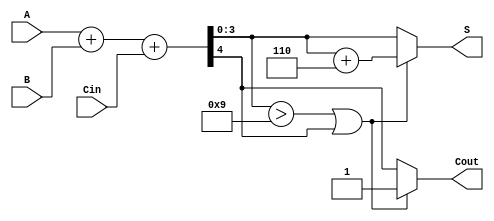
module BCD_Parallel_Adder (
    input  wire [3:0] A,      // 4-bit BCD input A
    input  wire [3:0] B,      // 4-bit BCD input B
    input  wire Cin,           // Carry input
    output reg  [3:0] S,      // 4-bit BCD output
    output reg  Cout           // Carry output
);

    wire [4:0] Sum;           // 5-bit sum to hold A + B + Cin
    wire correction_needed;    // Flag for BCD correction

    // Step 1: Binary addition
    assign Sum = A + B + Cin;

    // Step 2: Determine if correction is needed
    assign correction_needed = (Sum[3:0] > 4'b1001) || Sum[4];

    // Step 3: Generate BCD output and carry out
    always @(*) begin
        if (correction_needed) begin
            S = Sum[3:0] + 4'b0110;  // Apply correction by adding 6
            Cout = 1'b1;             // Set carry out
        end else begin
            S = Sum[3:0];            // No correction needed
            Cout = Sum[4];           // Carry out from the binary addition
        end
    end

endmodule